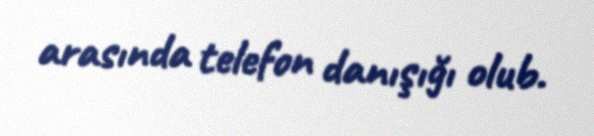
arasında telefon danışığı olub.